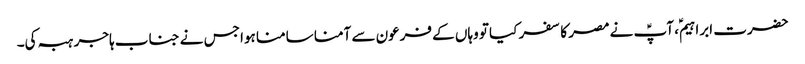
حضرت ابراہیمؑ، آپؑ نے مصر کا سفر کیا تو وہاں کے فرعون سے آمنا سامنا ہوا جس نے جناب ہاجر ہبہ کی۔